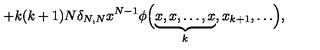
+ k ( k + 1 ) N \delta _ { N , N } x ^ { N - 1 } \phi \Bigl ( \underbrace { x , x , \dots , x } _ { k } , x _ { k + 1 } , \dots \Bigr ) ,